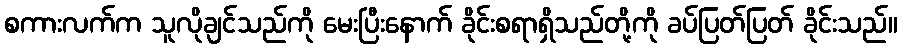
စကားလက်က သူလိုချင်သည်ကို မေးပြီးနောက် ခိုင်းစရာရှိသည်တို့ကို ခပ်ပြတ်ပြတ် ခိုင်းသည်။